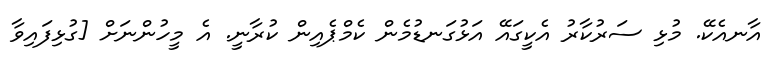
އާނއެކޭ. މުޅި ސަރުކާރު އެކީގައޭ އަޅުގަނޑުމެން ކެމްޕެއިން ކުރާނީ. އެ މީހުންނަށް [ގުޅިފައިވާ